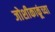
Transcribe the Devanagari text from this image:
जोशीकाकूंच्या